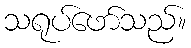
သရုပ်ဖော်သည်။